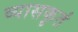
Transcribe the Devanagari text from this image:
व्यासकृतं